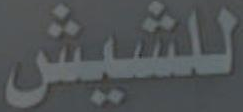
للشيش